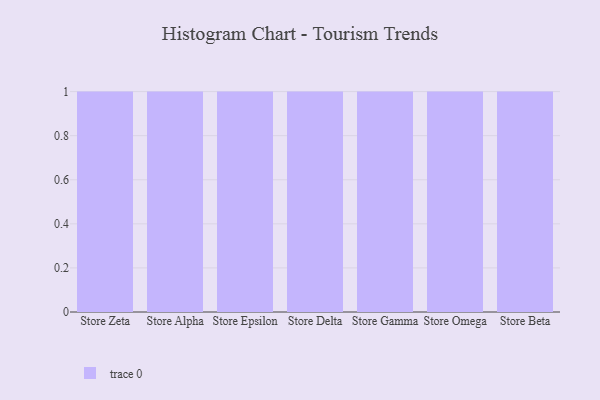
{"axis": {"x": "Store", "y": "Satisfaction Score"}, "legend": [""], "data": [{"x": "Store Zeta", "y": 83, "type": ""}, {"x": "Store Alpha", "y": 87, "type": ""}, {"x": "Store Epsilon", "y": 6, "type": ""}, {"x": "Store Delta", "y": 50, "type": ""}, {"x": "Store Gamma", "y": 68, "type": ""}, {"x": "Store Omega", "y": 35, "type": ""}, {"x": "Store Beta", "y": 18, "type": ""}]}